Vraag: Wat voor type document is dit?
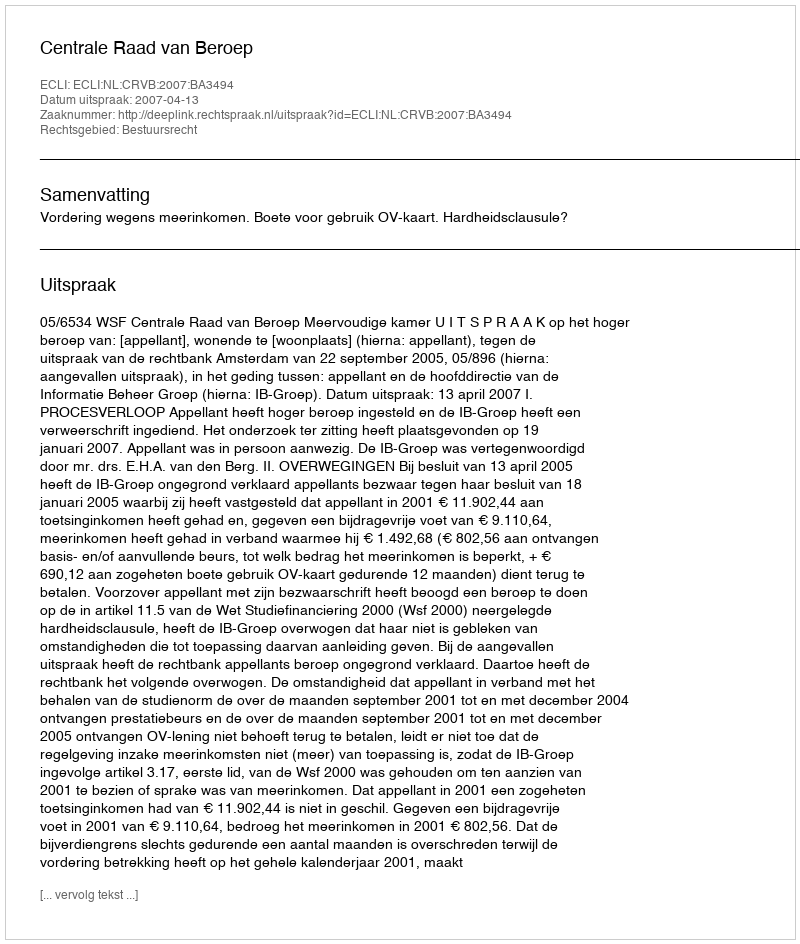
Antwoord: Uitspraak